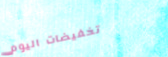
تخفيضات اليوم